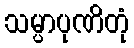
သမ္ပာပုဏိတုံ